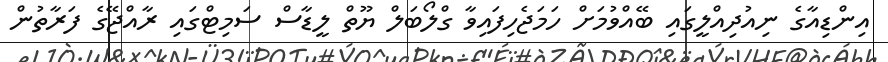
އިންޑިއާގެ ނިއުދިއްލީގައި ބޭއްވުމަށް ހަމަޖެހިފައިވާ ގްލޯބަލް ޔޫތް ލީޑާސް ސަމިޓްގައި ރާއްޖޭގެ ފަރާތުން